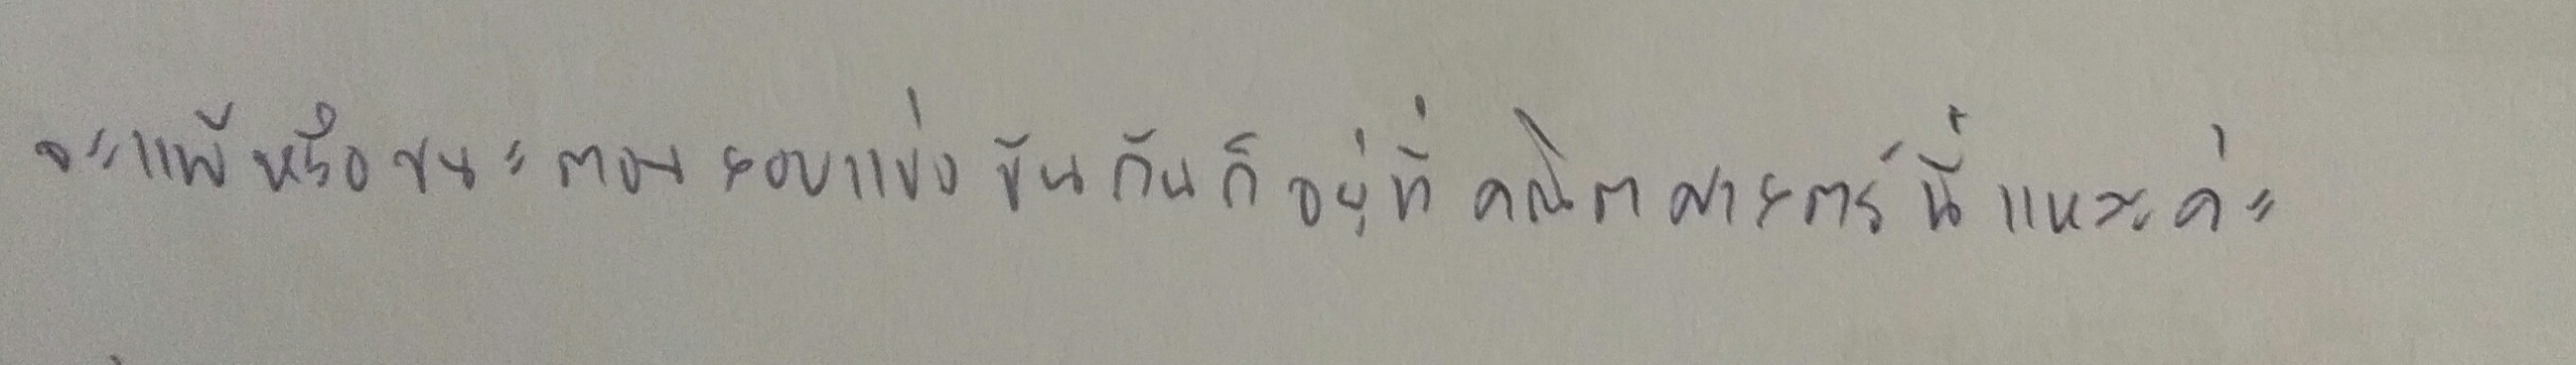
"จะแพ้หรือชนะตอนสอบแข่งขันกันก็อยู่ที่คณิตศาสตร์นี่แหละค่ะ